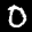
Digit: 0